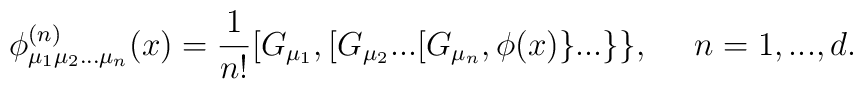
\phi^{(n)}_{\mu_1\mu_2...\mu_n}(x)=\frac{1}{n!}[G_{\mu_1},[G_{\mu_2}...[G_{\mu_n},\phi(x)\}...\}\},\,\,\,\,\,\,\,\, n=1,...,d.